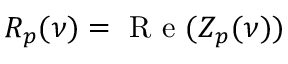
R _ { p } ( \nu ) = \mathrm { ~ R ~ e ~ } ( Z _ { p } ( \nu ) )